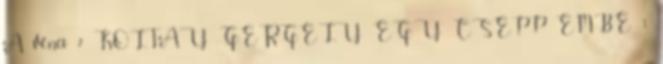
A véna 2 KOLTAY GERGELY EGY CSEPP EMBE 1